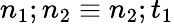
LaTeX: n_{1};n_{2}\equiv n_{2};t_{1}